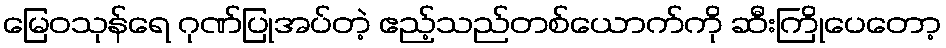
မြေဝသုန်ရေ ဂုဏ်ပြုအပ်တဲ့ ဧည့်သည်တစ်ယောက်ကို ဆီးကြိုပေတော့